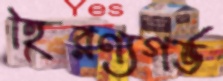
হিরণ্যগর্ভ